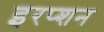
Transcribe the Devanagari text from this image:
इरप्शन